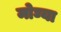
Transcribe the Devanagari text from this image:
मोघ्या